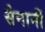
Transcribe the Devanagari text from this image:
सेनानीं